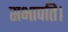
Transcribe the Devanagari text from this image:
सभापति।